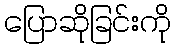
ပြောဆိုခြင်းကို